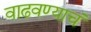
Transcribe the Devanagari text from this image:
वाढवण्याचं